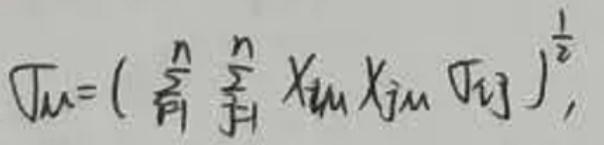
\[
\Gamma_{ij}^m = \left( \sum_{k = 1}^n \sum_{l = 1}^n X_{km} X_{lm} g_{kl} \right)^{\frac{1}{2}},
\]